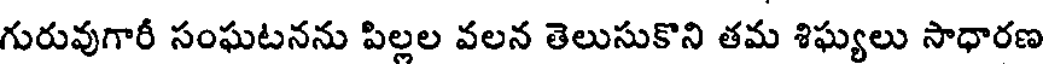
గురువుగారీ సంఘటనను పిల్లల వలన తెలుసుకొని తమ శిఘ్యలు సాధారణ